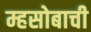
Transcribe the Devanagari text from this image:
म्हसोबाची